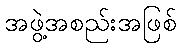
အဖွဲ့အစည်းအဖြစ်